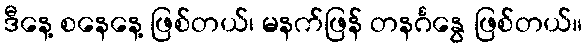
ဒီနေ့ စနေနေ့ ဖြစ်တယ်၊ မနက်ဖြန် တနင်္ဂနွေ ဖြစ်တယ်။